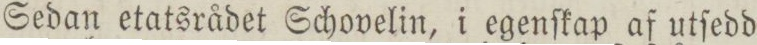
Sedan etatsrådet Schovelin, i egenſkap af utſedd